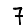
Digit: 7